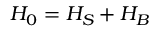
H _ { 0 } = H _ { S } + H _ { B }